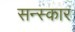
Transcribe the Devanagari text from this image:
सन्स्कार